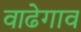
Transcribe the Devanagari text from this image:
वाढेगाव